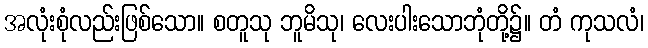
အလုံးစုံလည်းဖြစ်သော။ စတူသု ဘူမိသု၊ လေးပါးသောဘုံတို့၌။ တံ ကုသလံ၊